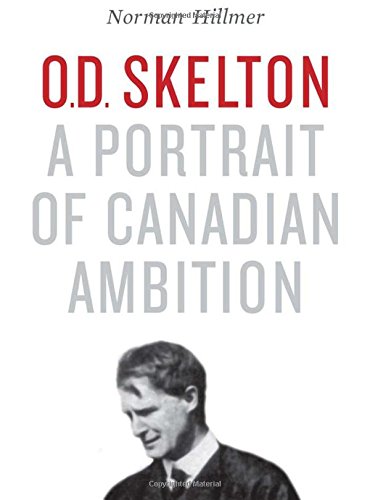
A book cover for O.D. Skelton: A Portrait of Canadian Ambition; Norman Hillmer; Biographies & Memoirs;